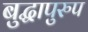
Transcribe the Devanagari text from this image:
बुद्धापुरुप